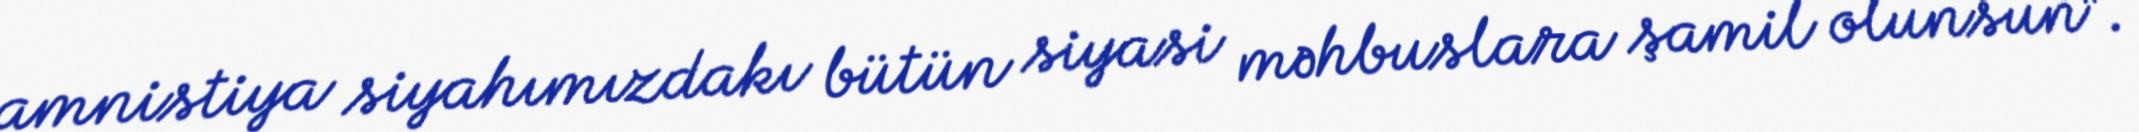
amnistiya siyahımızdakı bütün siyasi məhbuslara şamil olunsun”.